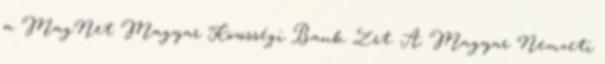
a MagNet Magyar Közösségi Bank Zrt. A Magyar Nemzeti